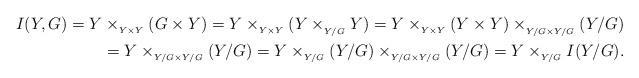
LaTeX: \begin{align*}I(Y,G)=Y &\times_{ _{Y \times Y}} (G \times Y) = Y \times_{ _{Y \times Y}} (Y \times_{ _{Y/G}} Y) = Y\times _{ _{Y \times Y}}(Y \times Y)\times _{ _{Y/G \times Y/G}} (Y/G)\\&= Y\times _{ _{Y/G \times Y/G}} (Y/G) =Y\times_{ _{Y/G}}(Y/G) \times _{ _{Y/G \times Y/G}}(Y/G)= Y\times_{ _{Y/G}} I(Y/G).\end{align*}